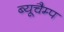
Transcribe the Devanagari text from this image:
ब्यूचैम्प